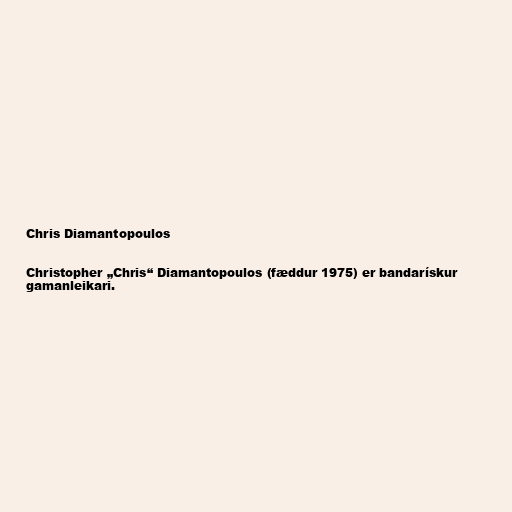
Chris Diamantopoulos

Christopher „Chris“ Diamantopoulos (fæddur 1975) er bandarískur
gamanleikari.